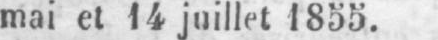
mai et 14 juillet 1855.